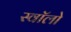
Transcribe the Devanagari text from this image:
स्वॉलो